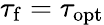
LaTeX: \tau_{\mathrm{f}}=\tau_{\mathrm{opt}}